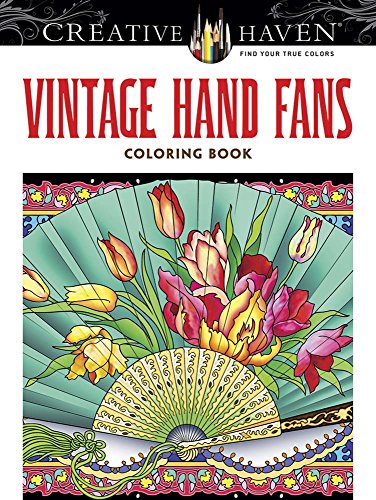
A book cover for Creative Haven Vintage Hand Fans Coloring Book (Creative Haven Coloring Books); Marty Noble; Arts & Photography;